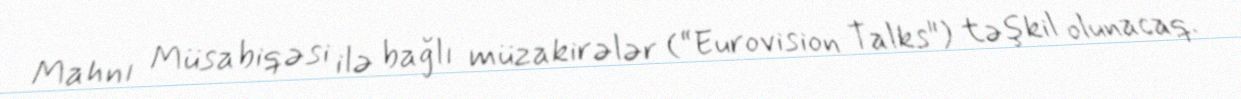
Mahnı Müsabiqəsi ilə bağlı müzakirələr (“Eurovision Talks") təşkil olunacaq.